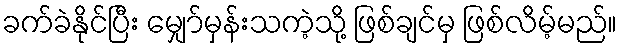
ခက်ခဲနိုင်ပြီး မျှော်မှန်းသကဲ့သို့ ဖြစ်ချင်မှ ဖြစ်လိမ့်မည်။